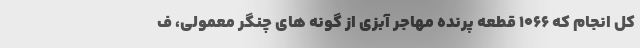
کل انجام که ۱۰۶۶ قطعه پرنده مهاجر آبزی از گونه های چنگر معمولی، ف